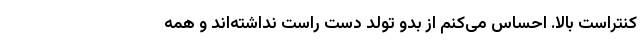
کنتراست بالا. احساس می‌کنم از بدو تولد دست راست نداشته‌اند و همه